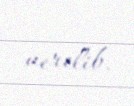
verilib.